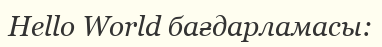
Hello World бағдарламасы: